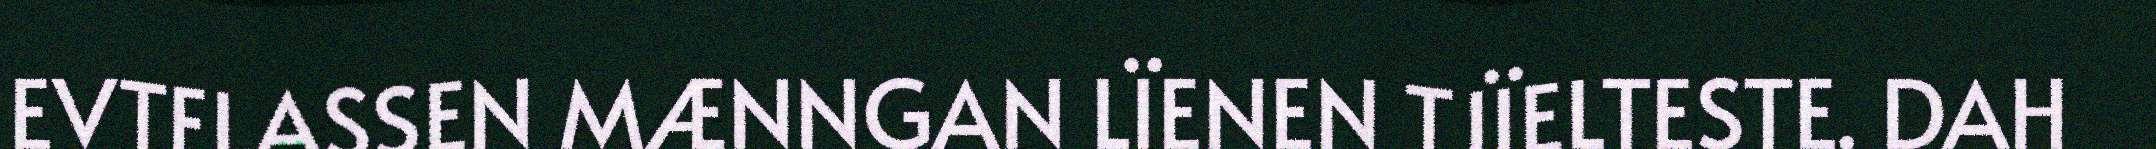
EVTELASSEN MÆNNGAN LÏENEN TJÏELTESTE. DAH